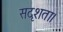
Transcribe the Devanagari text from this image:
सदृशता।